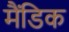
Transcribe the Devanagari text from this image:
मैंडिक